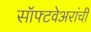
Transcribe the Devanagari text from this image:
सॉफ्टवेअरांची